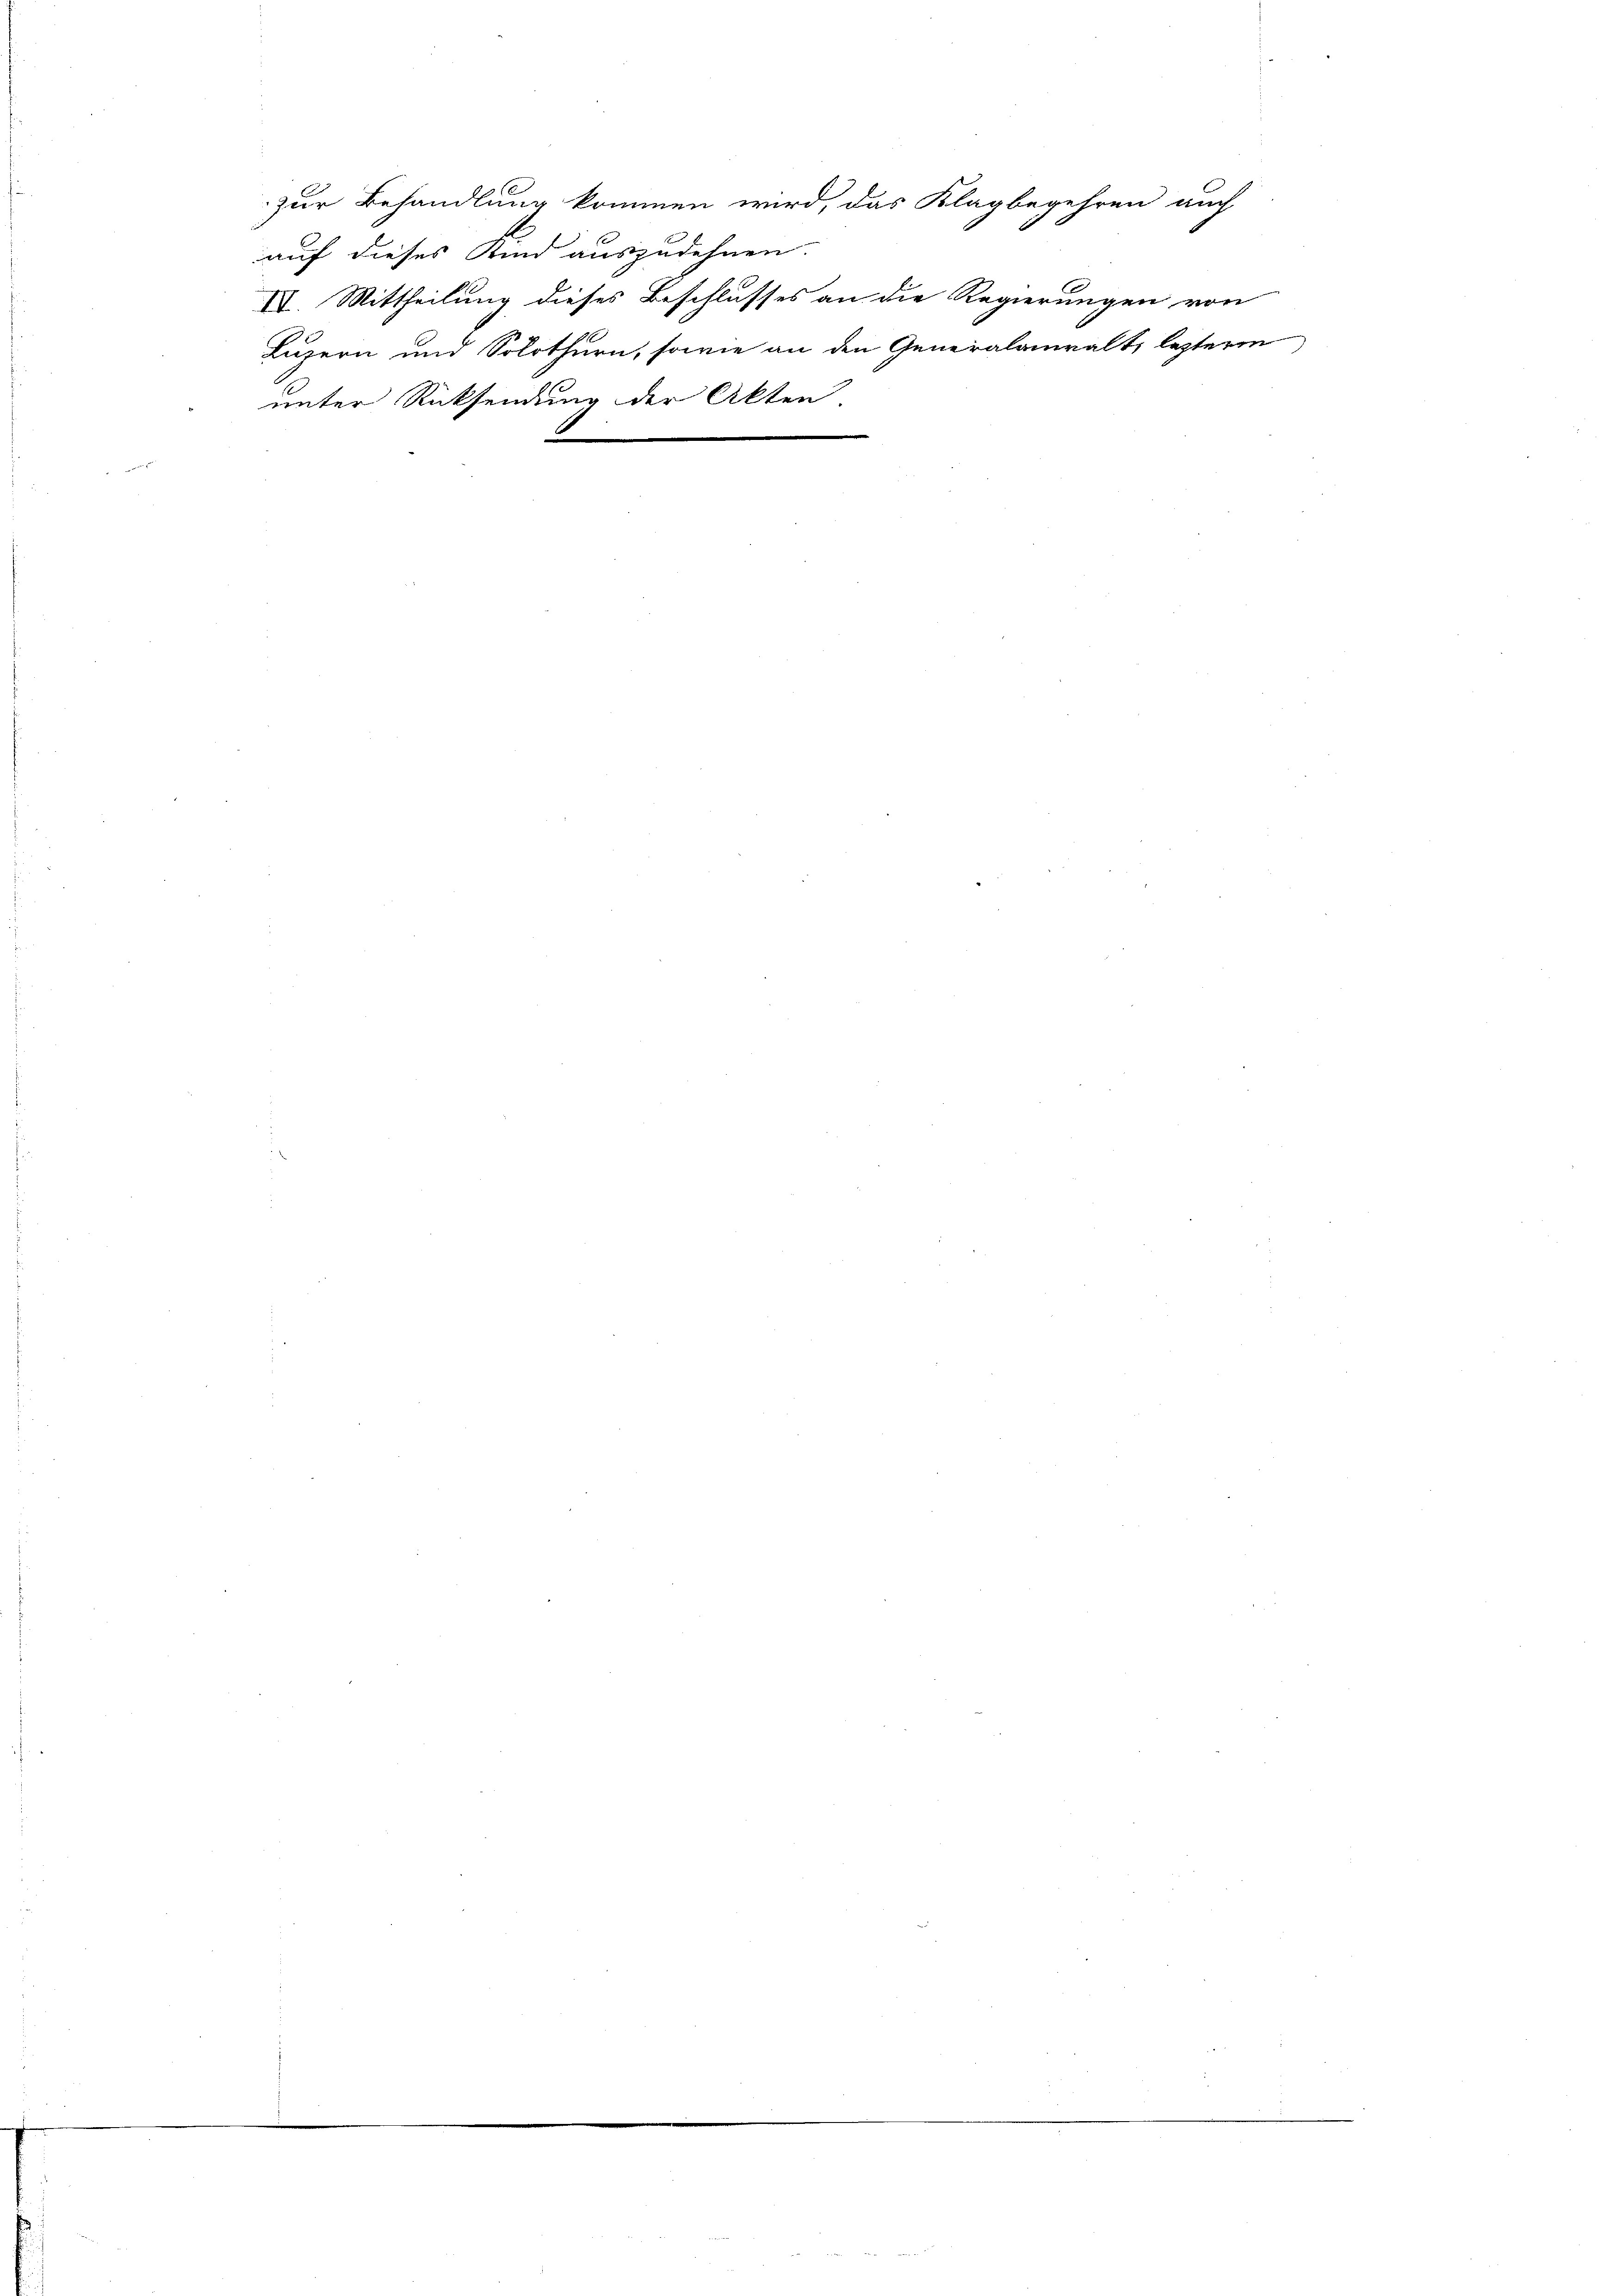
zur Behandlung kommen wird, das Klagbegehren auch
auf dieses Kind auszudehnen.
IV. Mittheilung dieses Beschlusses an die Regierungen von
Luzern und Solothurn, sowie an den Generalanwalt, lezteren
unter Rücksendung der Akten